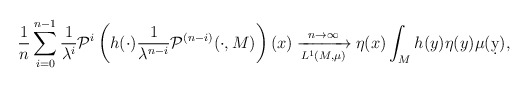
\begin{align*} \frac{1}{n}\sum_{i=0}^{n-1}\frac{1}{\lambda^i} \mathcal P^i\left(h(\cdot)\frac{1}{\lambda^{n-i}} \mathcal P^{(n-i)}(\cdot,M)\right)(x) \xrightarrow[L^1(M,\mu)]{n\to\infty} \eta(x)\int_M h(y)\eta(y)\mu(\d y),\end{align*}